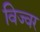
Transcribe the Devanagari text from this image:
विज्वर